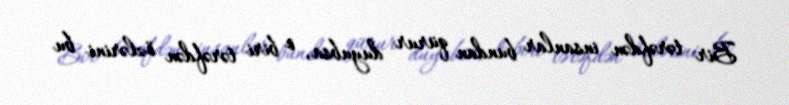
Bir tərəfdən insanlar bundan qürur duyubsa, o biri tərəfdən özlərini bu